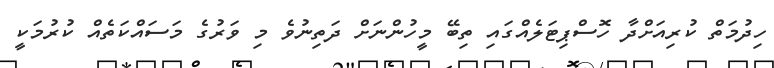
ހިދުމަތް ކުރިއަށްދާ ހޮސްޕިޓަލެއްގައި ތިބޭ މީހުންނަށް ދަތިނުވެ މި ވަރުގެ މަސައްކަތެއް ކުރުމަކީ